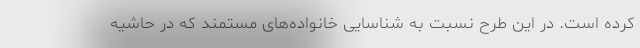
کرده است. در این طرح نسبت به شناسایی خانواده‌های مستمند که در حاشیه